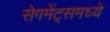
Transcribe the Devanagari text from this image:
सेगमेंट्समध्ये